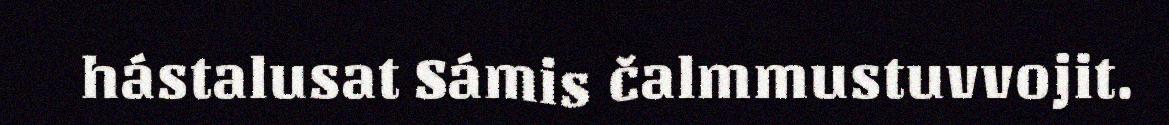
hástalusat Sámis čalmmustuvvojit.